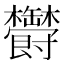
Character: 𣡡